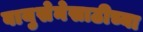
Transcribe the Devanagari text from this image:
वायुसेनेसाठीच्या